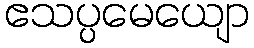
ဧသပ္ပမေယျော